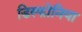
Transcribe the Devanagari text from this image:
डिस्फोनिया